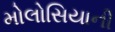
મોલોસિયાની